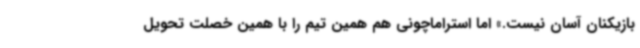
بازیکنان آسان نیست.» اما استراماچونی هم همین تیم را با همین خصلت تحویل